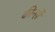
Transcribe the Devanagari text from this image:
कीन्हों